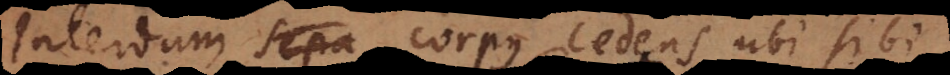
Interdum sepa corpus cedens ubi sibi